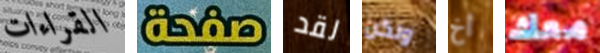
القراءات صفحة لقد ولكن أخ معك